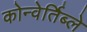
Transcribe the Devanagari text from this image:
कोन्वेर्तिब्ले